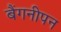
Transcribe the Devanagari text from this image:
बैंगनीपन